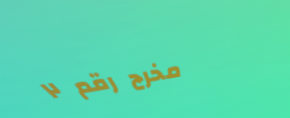
مخرج رقم ٢